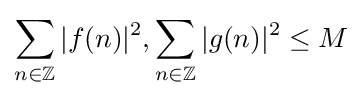
\sum _{n\in \mathbb {Z} }|f(n)|^{2},\sum _{n\in \mathbb {Z} }|g(n)|^{2}\leq M